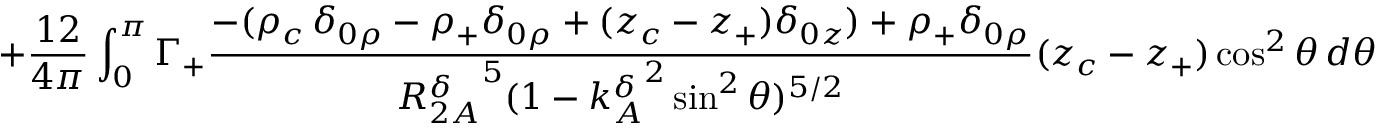
+ \frac { 1 2 } { 4 \pi } \int _ { 0 } ^ { \pi } \Gamma _ { + } \frac { - ( \rho _ { c } \, \delta _ { 0 \rho } - \rho _ { + } \delta _ { 0 \rho } + ( z _ { c } - z _ { + } ) \delta _ { 0 z } ) + \rho _ { + } \delta _ { 0 \rho } } { { R _ { 2 A } ^ { \delta } } ^ { 5 } ( 1 - { k _ { A } ^ { \delta } } ^ { 2 } \sin ^ { 2 } \theta ) ^ { 5 / 2 } } ( z _ { c } - z _ { + } ) \cos ^ { 2 } \theta \, d \theta